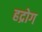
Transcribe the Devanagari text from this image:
हद्रोग